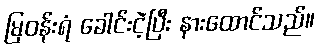
မြဝန်းရံ ခေါင်းငဲ့ပြီး နားထောင်သည်။